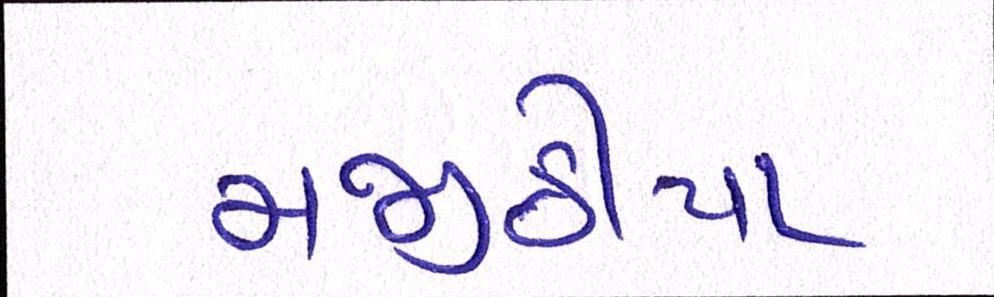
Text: મજીઠીયા